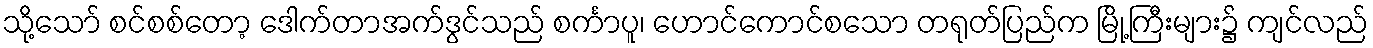
သို့သော် စင်စစ်တော့ ဒေါက်တာအက်ဒွင်သည် စင်္ကာပူ၊ ဟောင်ကောင်စသော တရုတ်ပြည်က မြို့ကြီးများ၌ ကျင်လည်